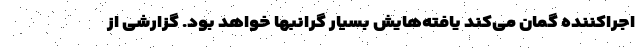
اجراکننده گمان می‌کند یافته‌هایش بسیار گرانبها خواهد بود. گزارشی از